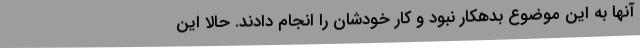
آنها به این موضوع بدهکار نبود و کار خودشان را انجام دادند. حالا این